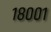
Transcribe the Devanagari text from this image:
१८००१